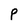
Character: P